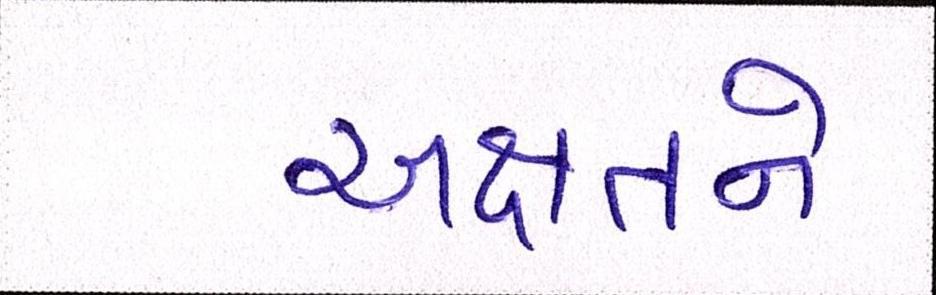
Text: અક્ષતને